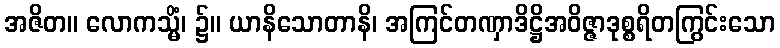
အဇိတ။ လောကသ္မိံ၊ ၌။ ယာနိသောတာနိ၊ အကြင်တဏှာဒိဋ္ဌိအဝိဇ္ဇာဒုစ္စရိတကြွင်းသော